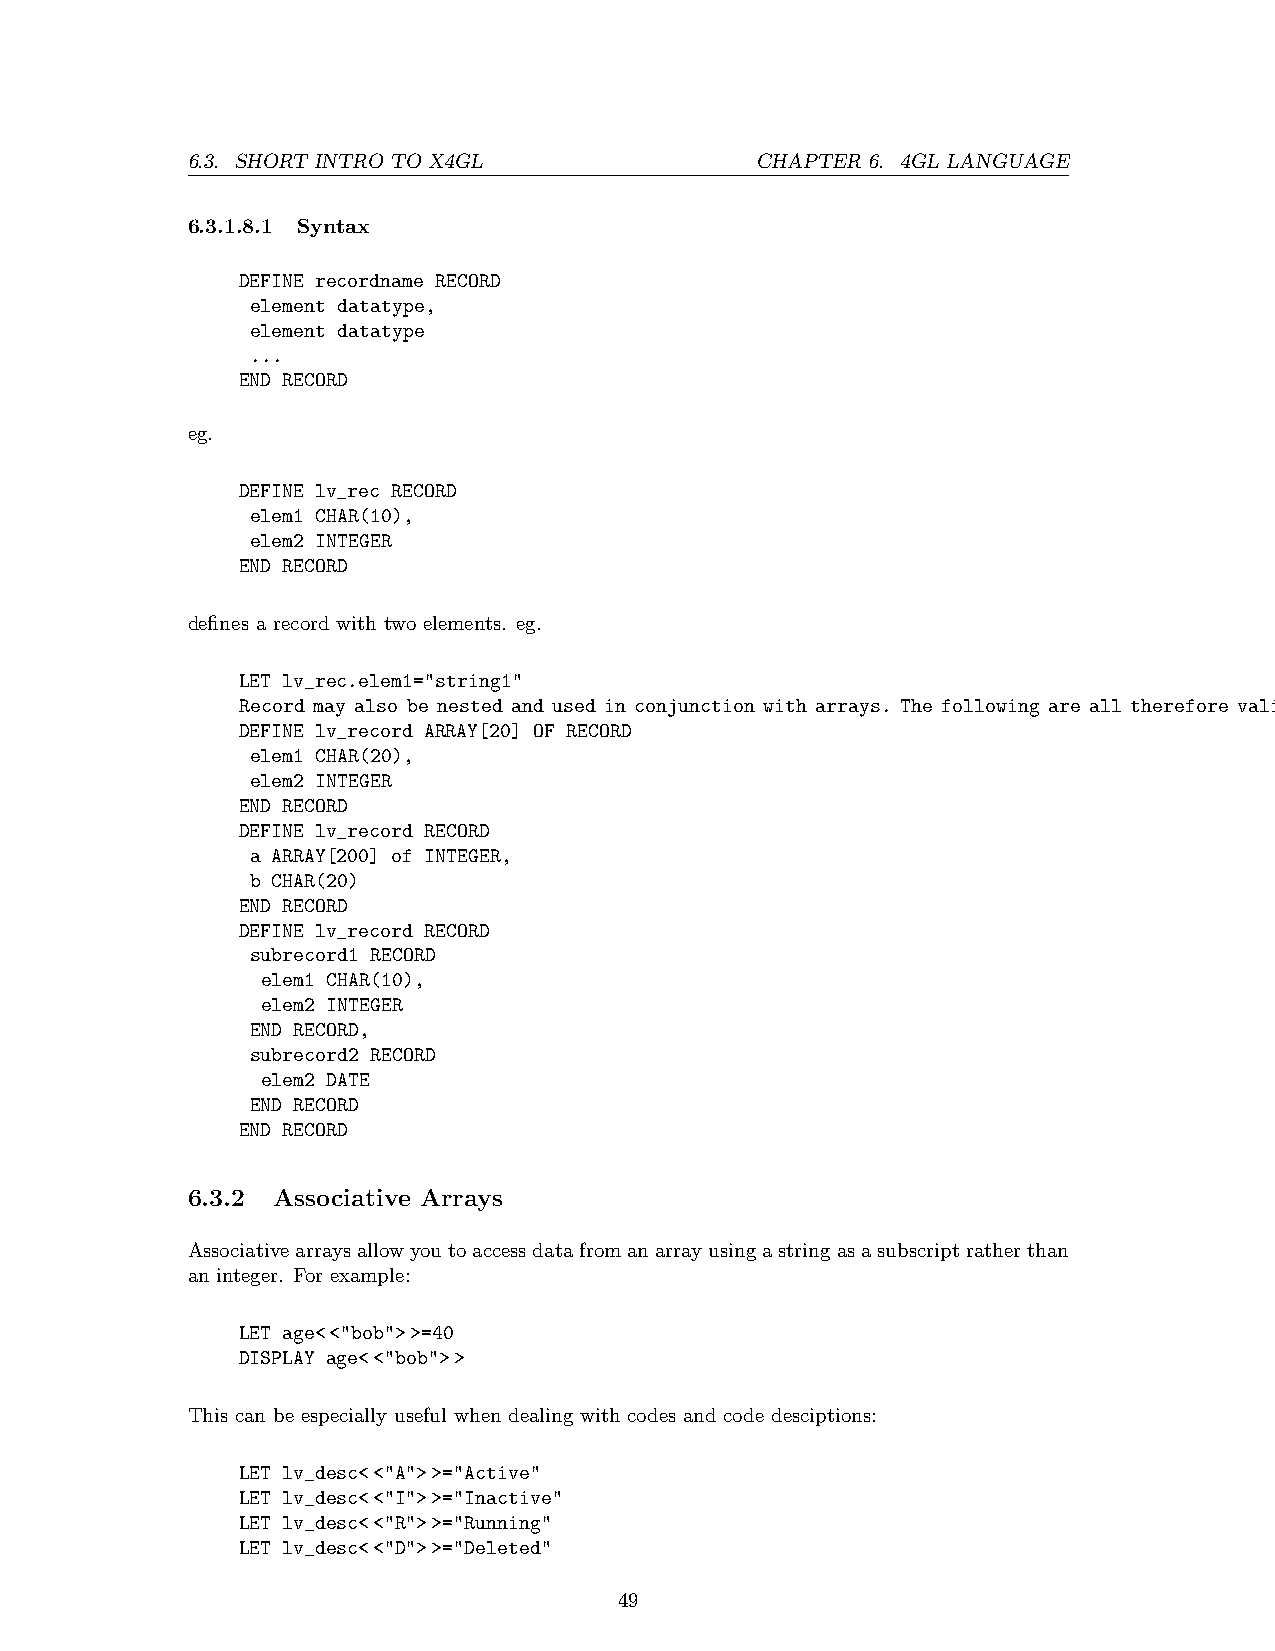
6.3. SHORT INTRO TO X4GL              CHAPTER 6. 4GL LANGUAGE
 6.3.1.8.1 Syntax
 DEFINE recordname RECORD
 element datatype,
 element datatype
 ...
 END RECORD
 eg.
 DEFINE lv_rec RECORD
 elem1 CHAR(10),
 elem2 INTEGER
 END RECORD
 defines a record with two elements. eg.
 LET lv_rec.elem1="string1"
 Record may also be nested and used in conjunction with arrays. The following are all therefore valid:
 DEFINE lv_record ARRAY[20] OF RECORD
 elem1 CHAR(20),
 elem2 INTEGER
 END RECORD
 DEFINE lv_record RECORD
 a ARRAY[200] of INTEGER,
 b CHAR(20)
 END RECORD
 DEFINE lv_record RECORD
 subrecord1 RECORD
 elem1 CHAR(10),
 elem2 INTEGER
 END RECORD,
 subrecord2 RECORD
 elem2 DATE
 END RECORD
 END RECORD
 6.3.2 Associative Arrays
 Associativearraysallowyoutoaccessdatafromanarrayusingastringasasubscriptratherthan
 an integer. For example:
 LET age<<"bob">>=40
 DISPLAY age<<"bob">>
 This can be especially useful when dealing with codes and code desciptions:
 LET lv_desc<<"A">>="Active"
 LET lv_desc<<"I">>="Inactive"
 LET lv_desc<<"R">>="Running"
 LET lv_desc<<"D">>="Deleted"
 49